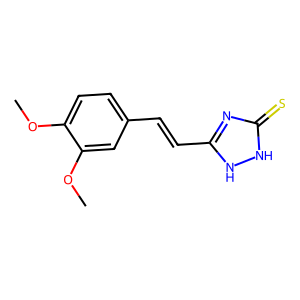
SMILES: COc1ccc(C=Cc2nc(=S)[nH][nH]2)cc1OC
Inhibits HIV replication: No